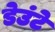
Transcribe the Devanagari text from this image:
डेउंटे